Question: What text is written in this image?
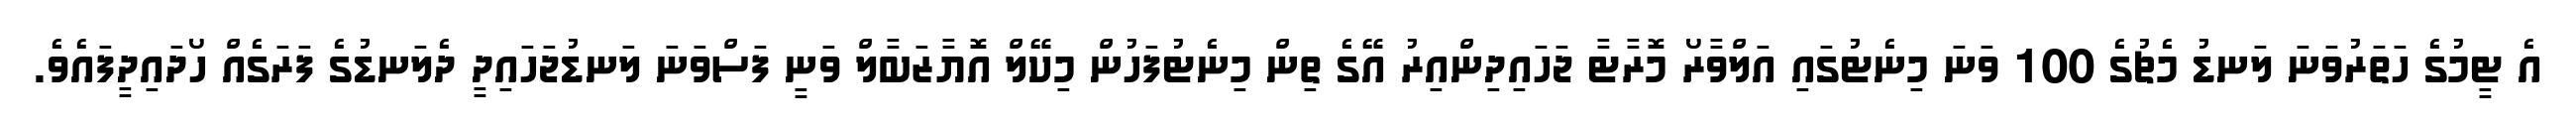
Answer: އެ ޓީމުގެ ހަތަރުވަނަ ލަނޑު މެޗުގެ 100 ވަނަ މިނެޓުގައި އަލްވާރޯ މޮރާޓާ ޖަހައިދިންއިރު އޭގެ ތިން މިނެޓުފަހުން މިކޭލް އޮޔާޒަބާލް ވަނީ ފަސްވަނަ ލަނޑުޖަހައިދީ ދެލަނޑުގެ ފަރަގެއް ހޯދައިދީފައެވެ.